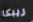
ريبكا